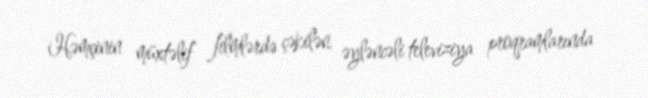
Həmçinin müxtəlif filmlərdə çəkilən, əyləncəli televiziya proqramlarında